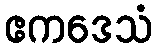
ဧကဒေသံ